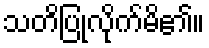
သတိပြုလိုက်မိ၏။